Civil Veterinary Dept. Bombay admin report 1907-1913 - 1907-1913
Year: 1907
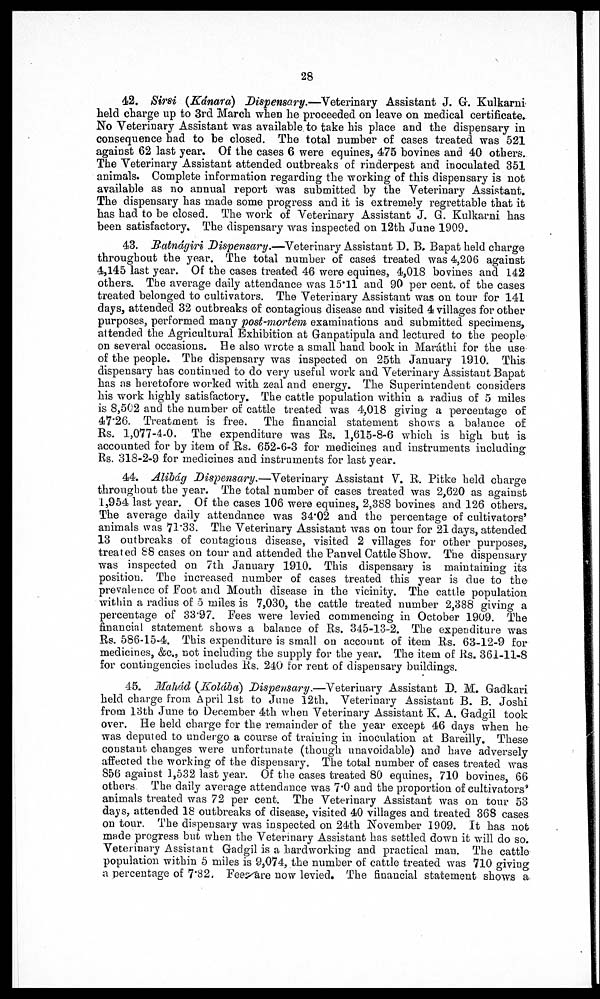
28
42. Sir8i (Kánara) Dispensary.—Veterinary Assistant J. G. Kulkarni
held charge up to 3rd March when he proceeded on leave on medical certificate.
No Veterinary Assistant was available to take his place and the dispensary in
consequence had to be closed. The total number of cases treated was 521
against 62 last year. Of the cases 6 were equines, 475 bovines and 40 others.
The Veterinary Assistant attended outbreaks of rinderpest and inoculated 351
animals. Complete information regarding the working of this dispensary is not
available as no annual report was submitted by the Veterinary Assistant.
The dispensary has made some progress and it is extremely regrettable that it
has had to be closed. The work of Veterinary Assistant J. G. Kulkarni has
been satisfactory. The dispensary was inspected on 12th June 1909.
43. Batnágiri Dispensary.—Veterinary Assistant D. B. Bapat held charge
throughout the year. The total number of cases treated was 4,206 against
4,145 last year. Of the cases treated 46 were equines, 4,018 bovines and 142
others. The average daily attendance was 15.11 and 90 per cent. of the cases
treated belonged to cultivators. The Veterinary Assistant was on tour for 141
days, attended 32 outbreaks of contagious disease and visited 4 villages for other
purposes, performed many post-mortem examinations and submitted specimens,
attended the Agricultural Exhibition at Ganpatipula and lectured to the people
on several occasions. He also wrote a small hand book in Marátki for the use
of the people. The dispensary was inspected on 25th January 1910. This
dispensary has continued to do very useful work and Veterinary Assistant Bapat
has as heretofore worked with zeal and energy. The Superintendent considers
his work highly satisfactory. The cattle population within a radius of 5 miles
is 8,502 and the number of cattle treated was 4,018 giving a percentage of
47*26. Treatment is free. The financial statement shows a balance of
Rs. 1,077-4-0. The expenditure was Rs. 1,615-8-6 which is high but is
accounted for by item of Rs. 652-6-3 for medicines and instruments including
Rs. 318-2-9 for medicines and instruments for last year.
44. Alibág Dispensary.—Veterinary Assistant V. R. Pitke held charge
throughout the year. The total number of cases treated was 2,620 as against
1,954 last year. Of the cases 106 were equines, 2,388 bovines and 126 others.
The average daily attendance was 34.02 and the percentage of cultivators'
animals was 71'33. The Veterinary Assistant was on tour for 21 days, attended
13 outbreaks of contagious disease, visited 2 villages for other purposes,
treated 88 cases on tour and attended the Panvel Cattle Show. The dispensary
was inspected on 7th January 1910. This dispensary is maintaining its
position. The increased number of cases treated this year is due to the
prevalence of Foot and Mouth disease in the vicinity. The cattle population
within a radius of 5 miles is 7,030, the cattle treated number 2,388 giving a
percentage of 33.97. Fees were levied commencing in October 1909. The
financial statement shows a balance of Rs. 345-13-2. The expenditure was
Rs. 586-15-4. This expenditure is small on account of item Rs. 63-12-9 for
medicines, &c.,not including the supply for the year. The item of Rs. 361-11-8
for contingencies includes Rs. 240 for rent of dispensary buildings.
45. Mahád (Kolába) Dispensary.—Veterinary Assistant D. M. Gadkari
held charge from April 1st to June 12th. Veterinary Assistant B. B. Joshi
from 13th June to December 4th when Veterinary Assistant K. A. Gadgil took
over. He held charge for the remainder of the year except 46 days when he
was deputed to undergo a course of training in inoculation at Bareilly. These
constant changes were unfortunate (though unavoidable) and have adversely
affected the working of the dispensary. The total number of cases treated was
856 against 1,532 last year. Of the cases treated 80 equines, 710 bovines, 66
others The daily average attendance was 7.0 and the proportion of cultivators'
animals treated was 72 per cent. The Veterinary Assistant was on tour 53
days, attended 18 outbreaks of disease, visited 40 villages and treated 368 cases
on tour. The dispensary was inspected on 24th November 1909. It has not
made progress but when the Veterinary Assistant has settled down it will do so.
Veterinary Assistant Gadgil is a hardworking and practical man. The cattle
population within 5 miles is 9,074, the number of cattle treated was 710 giving
a percentage of 7.82. Fees are now levied. The financial statement shows a.